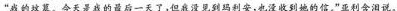
”我的坟墓。今天是我的最后一天了，但我没见到玛利安，也没收到她的信。”亚利含泪说。